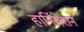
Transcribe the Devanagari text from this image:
हार्नियेशन